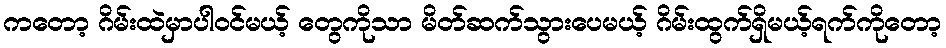
ကတော့ ဂိမ်းထဲမှာပါဝင်မယ့် တွေကိုသာ မိတ်ဆက်သွားပေမယ့် ဂိမ်းထွက်ရှိမယ့်ရက်ကိုတော့